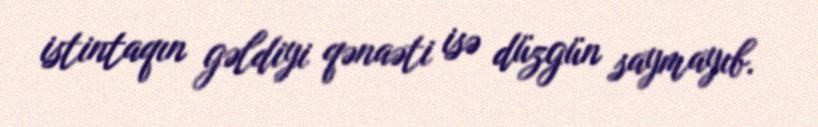
istintaqın gəldiyi qənaəti isə düzgün saymayıb.